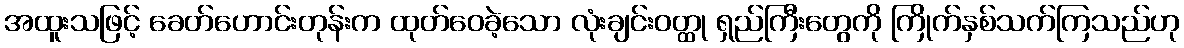
အထူးသဖြင့် ခေတ်ဟောင်းတုန်းက ထုတ်ဝေခဲ့သော လုံးချင်းဝတ္ထု ရှည်ကြီးတွေကို ကြိုက်နှစ်သက်ကြသည်ဟု